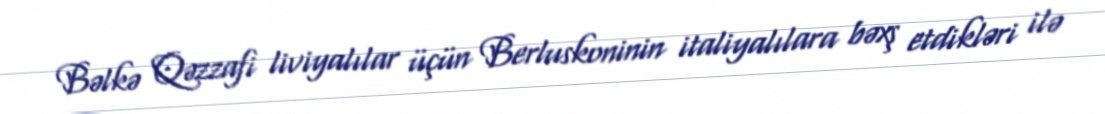
Bəlkə Qəzzafi liviyalılar üçün Berluskoninin italiyalılara bəxş etdikləri ilə